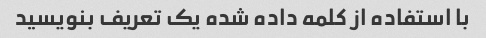
با استفاده از کلمه داده شده یک تعریف بنویسید